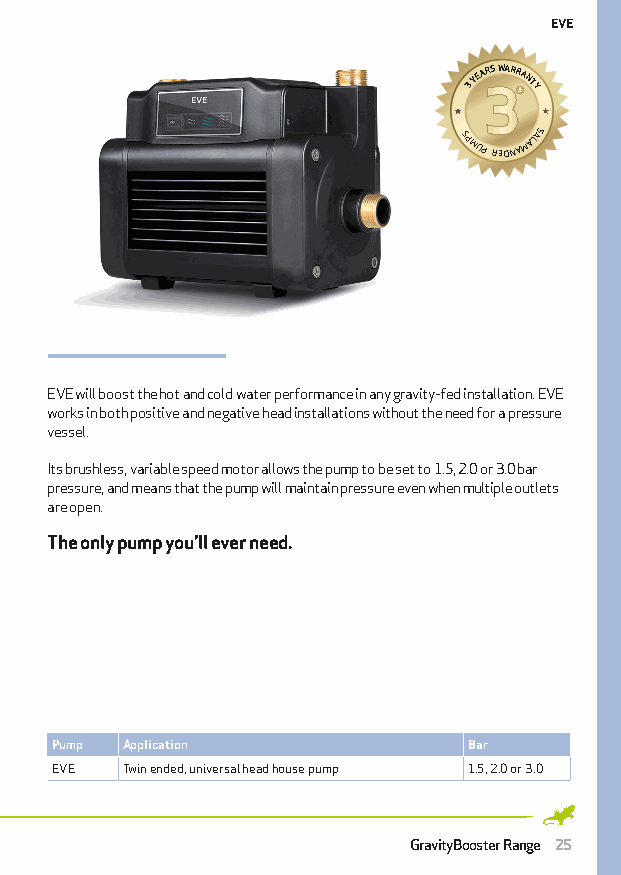
EVE
 SP3 MY UE PA R S
 R
 W EDAR NR AA MNT AY
 L A S
 SP5 MY UE PA R S
 R
 W EDAR NR AA MNT AY
 L A S
 EVE will boost the hot and cold water performance in any gravity-fed installation. EVE
 works in both positive and negative head installations without the need for a pressure
 vessel.
 Its brushless, variable speed motor allows the pump to be set to 1.5, 2.0 or 3.0 bar
 pressure, and means that the pump will maintain pressure even when multiple outlets
 are open.
 The only pump you’ll ever need.
 Pump Application            Bar
 EVE  Twin ended, universal head house pump 1.5, 2.0 or 3.0
 GravityBooster Range 25